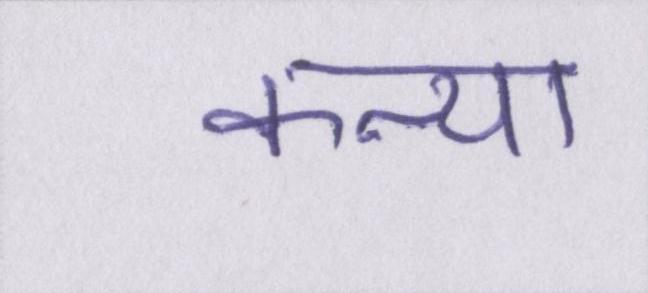
कन्या